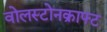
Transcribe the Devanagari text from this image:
वोलस्टोनक्राफ्ट